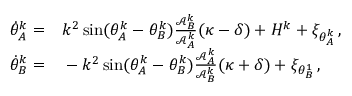
\begin{array} { r l } { \dot { \theta } _ { A } ^ { k } = } & { { } k ^ { 2 } \sin ( \theta _ { A } ^ { k } - \theta _ { B } ^ { k } ) \frac { \mathcal { A } _ { B } ^ { k } } { \mathcal { A } _ { A } ^ { k } } ( \kappa - \delta ) + H ^ { k } + \xi _ { \theta _ { A } ^ { k } } \, , } \\ { \dot { \theta } _ { B } ^ { k } = } & { { } - k ^ { 2 } \sin ( \theta _ { A } ^ { k } - \theta _ { B } ^ { k } ) \frac { \mathcal { A } _ { A } ^ { k } } { \mathcal { A } _ { B } ^ { k } } ( \kappa + \delta ) + \xi _ { \theta _ { B } ^ { 1 } } \, , } \end{array}